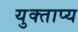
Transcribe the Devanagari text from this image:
युक्ताप्य